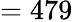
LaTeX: =479